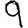
Digit: 9